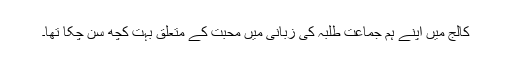
کالج میں اپنے ہم جماعت طلبہ کی زبانی میں محبت کے متعلق بہت کچھ سن چکا تھا۔